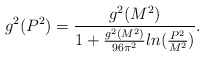
\begin{align*}g^2(P^2) = \frac{g^2(M^2)}{1+\frac{g^2(M^2)}{96\pi^2} ln(\frac{P^2}{M^2})}.\end{align*}